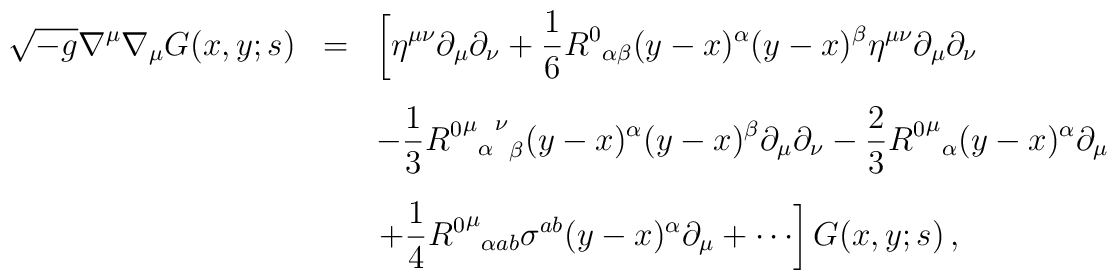
\begin{array}{rcl}     \displaystyle \sqrt{-g}\nabla^{\mu}\nabla_{\mu}G(x,y;s)&=& \displaystyle     \left[\eta^{\mu\nu}\partial_{\mu}\partial_{\nu}     +\frac{1}{6}{R^{0}}_{\alpha\beta}(y-x)^{\alpha}(y-x)^{\beta}     \eta^{\mu\nu}\partial_{\mu}\partial_{\nu}\right.\\[5mm]     && \displaystyle -\frac{1}{3}{{{{R^{0}}^{\mu}}_{\alpha}}^{\nu}}_{\beta}        (y-x)^{\alpha}(y-x)^{\beta}\partial_{\mu}\partial_{\nu}        -\frac{2}{3}{{R^{0}}^{\mu}}_{\alpha}(y-x)^{\alpha}\partial_{\mu}\\[5mm]    && \displaystyle \left. +\frac{1}{4}{{R^{0}}^{\mu}}_{\alpha a b}       \sigma^{ab}(y-x)^{\alpha}\partial_{\mu}+\cdots     \right]G(x,y;s)\, ,\end{array}